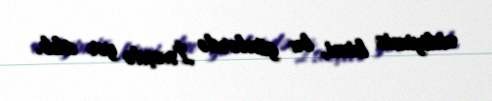
etdiyimiz kimi, bu günlərdə İsveçdə yer alıb.